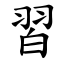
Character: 習